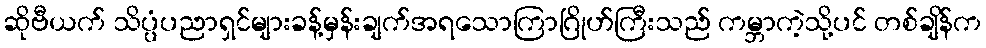
ဆိုဗီယက် သိပ္ပံပညာရှင်များခန့်မှန်းချက်အရသောကြာဂြိုဟ်ကြီးသည် ကမ္ဘာကဲ့သို့ပင် တစ်ချိန်က